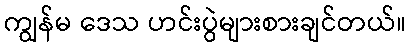
ကျွန်မ ဒေသ ဟင်းပွဲများစားချင်တယ်။